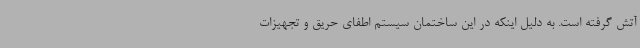
آتش گرفته است. به دلیل اینکه در این ساختمان سیستم اطفای حریق و تجهیزات